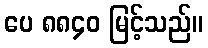
ပေ ၈၈၄၀ မြင့်သည်။